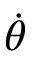
\dot { \theta }